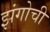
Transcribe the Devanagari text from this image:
झंगोची